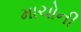
માચોની